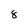
Character: 8